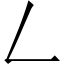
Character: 𠃋